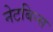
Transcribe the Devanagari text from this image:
नेटबिन्स